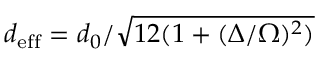
d _ { \mathrm { e f f } } = d _ { 0 } / \sqrt { 1 2 ( 1 + ( \Delta / \Omega ) ^ { 2 } ) }